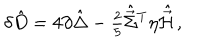
LaTeX: \delta \hat { D } = 4 \partial \hat { \Delta } - { \textstyle \frac { 2 } { 5 } } \hat { \vec { \Sigma } } { } ^ { T } \eta \hat { \vec { \cal H } } \, ,